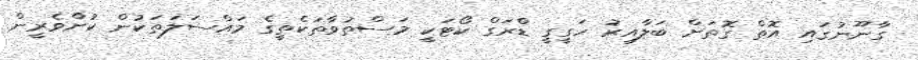
ގާނޫނުގައި އޮތް ގޮތަށް ބަލާއިރު ހަގީގީ ޑްރަގް ކޯޓަކީ މަސްތުވާތަކެތީގެ މައްސަލަތަކުން ކުށްވެރީން